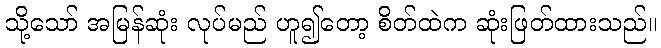
သို့သော် အမြန်ဆုံး လုပ်မည် ဟူ၍တော့ စိတ်ထဲက ဆုံးဖြတ်ထားသည်။